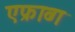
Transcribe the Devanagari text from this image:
एफ्राव्ग